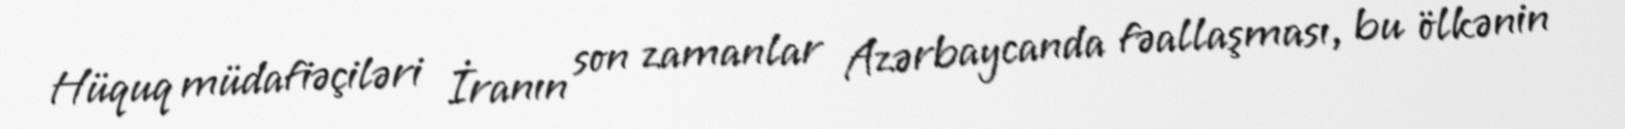
Hüquq müdafiəçiləri İranın son zamanlar Azərbaycanda fəallaşması, bu ölkənin